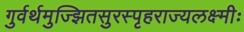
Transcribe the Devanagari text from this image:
गुर्वर्थमुज्झितसुरस्पृहराज्यलक्ष्मीः